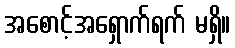
အစောင့်အရှောက်ရက် မရှိ။